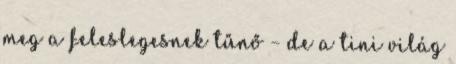
meg a feleslegesnek tűnő – de a tini világ